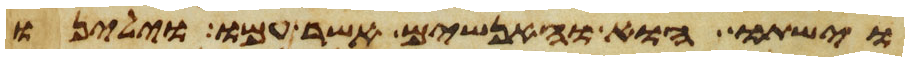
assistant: וישתו הוא והאנשים אשר עמו וילינו